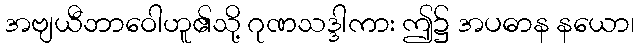
အဗျယီဘာဝေါဟူ၏သို့ ဂုဏသဒ္ဒါကား ဤ၌ အပဓာန နယော၊